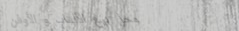
محل بيع الألعاب و الأوفن